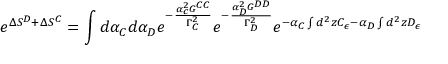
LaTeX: e ^ { \Delta S ^ { D } + \Delta S ^ { C } } = \int d \alpha _ { C } d \alpha _ { D } e ^ { - \frac { \alpha _ { c } ^ { 2 } G ^ { C C } } { \Gamma _ { C } ^ { 2 } } } e ^ { - \frac { \alpha _ { D } ^ { 2 } G ^ { D D } } { \Gamma _ { D } ^ { 2 } } } e ^ { - \alpha _ { C } \int d ^ { 2 } z C _ { \epsilon } - \alpha _ { D } \int d ^ { 2 } z D _ { \epsilon } }